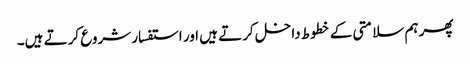
پھر ہم سلامتی کے خطوط داخل کرتے ہیں اور استفسار شروع کرتے ہیں۔